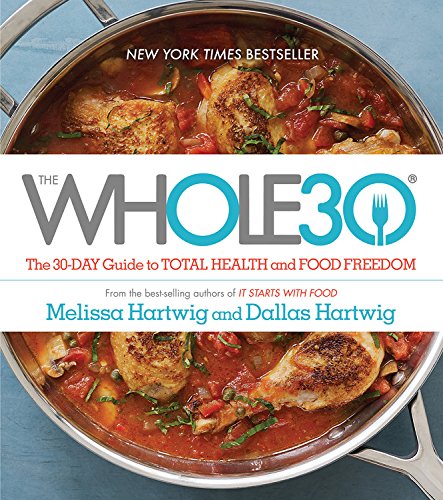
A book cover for The Whole30: The 30-Day Guide to Total Health and Food Freedom; Melissa Hartwig; Cookbooks, Food & Wine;